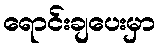
ရောင်းချပေးမှာ